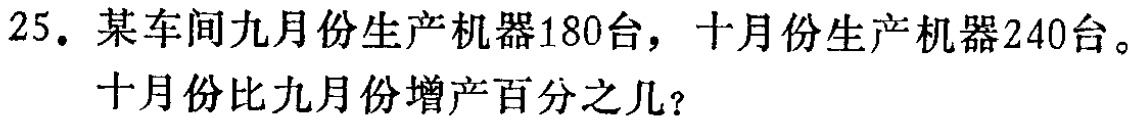
25. 某车间九月份生产机器180台，十月份生产机器240台。

十月份比九月份增产百分之几？